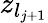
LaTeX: z_{l_{j+1}}